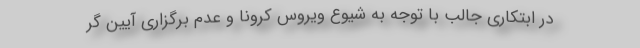
در ابتکاری جالب با توجه به شیوع ویروس کرونا و عدم برگزاری آیین گر